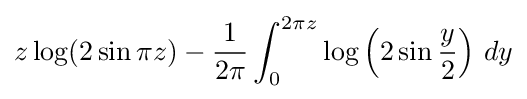
z\log(2\sin \pi z)-{\frac {1}{2\pi }}\int _{0}^{2\pi z}\log \left(2\sin {\frac {y}{2}}\right)\,dy